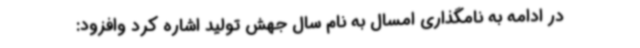
در ادامه به نامگذاری امسال به نام سال جهش تولید اشاره کرد وافزود: